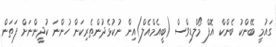
ގައުމީ ބޭންކު ބެންކް އޮފް މޯލްޑިވްސް (ބީއެމްއެލް)އިން ނުކުޅެދުންތެރިކަން ހުންނަ ކުދީންނަށް ފަތަން